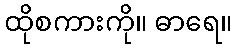
ထိုစကားကို။ ဓာရေ။